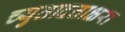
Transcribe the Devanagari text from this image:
च्युतादत्ताक्षरा